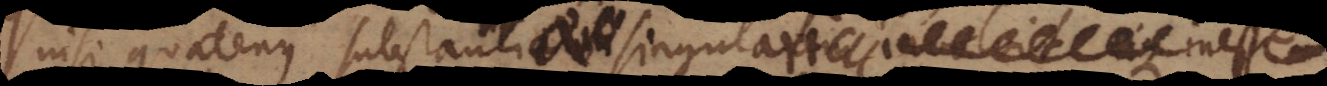
nisi quatenus substantiae singulari inesse